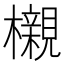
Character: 櫬